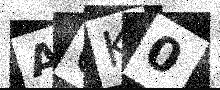
Text: A0K0